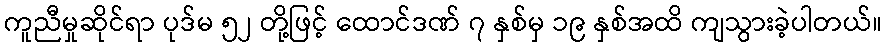
ကူညီမှုဆိုင်ရာ ပုဒ်မ ၅၂ တို့ဖြင့် ထောင်ဒဏ် ၇ နှစ်မှ ၁၉ နှစ်အထိ ကျသွားခဲ့ပါတယ်။